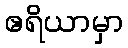
ဧရိယာမှာ